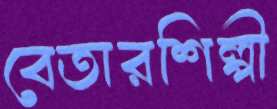
বেতারশিল্পী